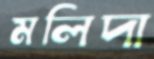
মলিদা